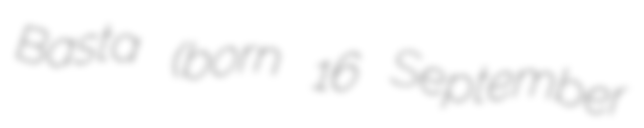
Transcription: Basta (born 16 September